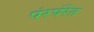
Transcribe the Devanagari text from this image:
पंरपंरेत